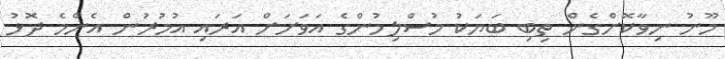
މޫނު ނިވާކޮށްގެން ތިބި ބަޔަކު މުސްލިމުންގެ އަވަށަށް އަރައި އުމުރުން އެންމެ ދޮޅު